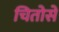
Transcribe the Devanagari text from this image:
चितोसे